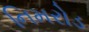
નિમરોડ